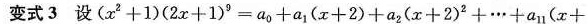
变式3 设$$(x^{2}+1)(2x+1^{9}=a_{0}+a_{1}(x+2)+a_{2}(x+2)_{2}+…+a_{11}(x+